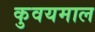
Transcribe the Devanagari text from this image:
कुवयमाल